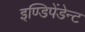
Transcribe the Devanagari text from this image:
इण्डिपेंडेन्ट